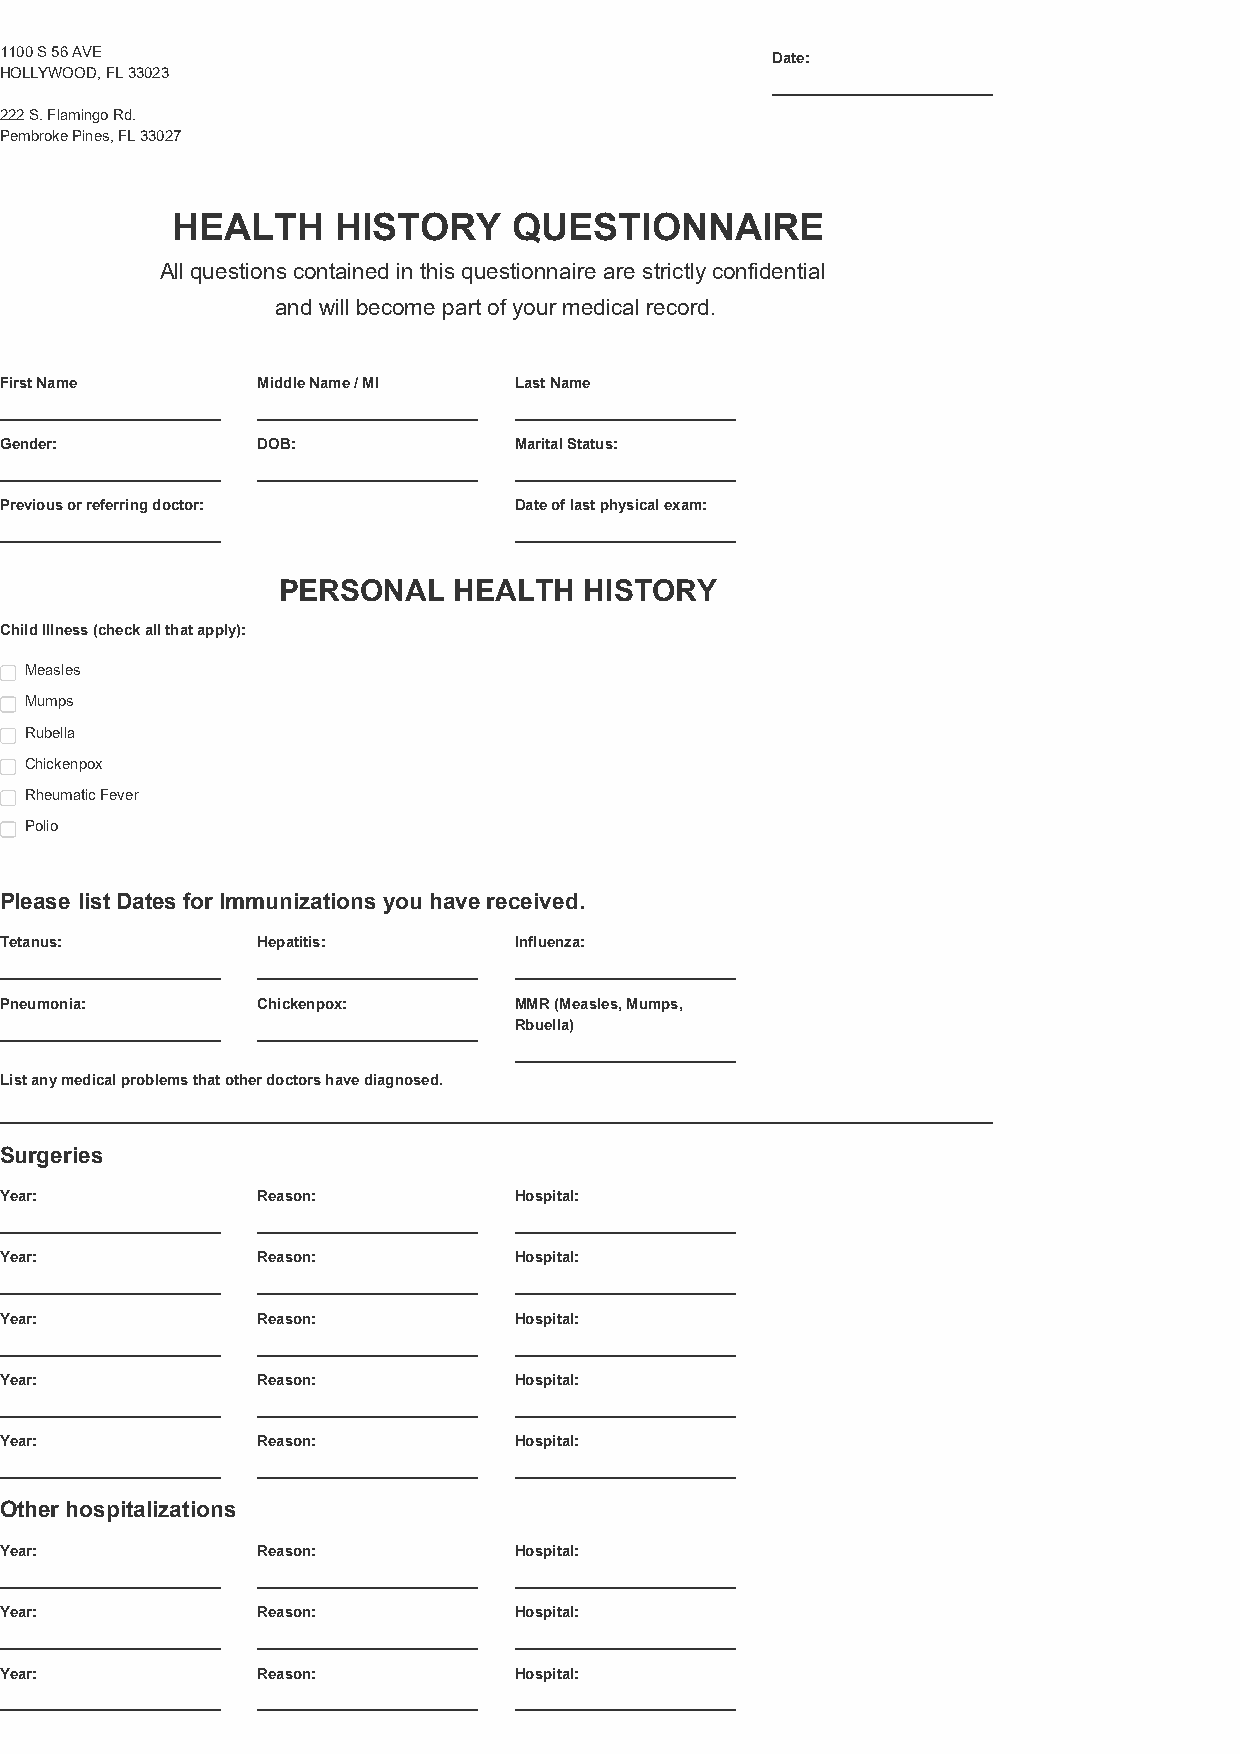
1100 S 56 AVE                                      Date:
 HOLLYWOOD, FL 33023
 222 S. Flamingo Rd.
 Pembroke Pines, FL 33027
 HEALTH     HISTORY     QUESTIONNAIRE
 All questions contained in this questionnaire are strictly confidential
 and will become part of your medical record.
 First Name       Middle Name / MI Last Name
 Gender:          DOB:             Marital Status:
 Previous or referring doctor:     Date of last physical exam:
 PERSONAL    HEALTH   HISTORY
 Child Illness (check all that apply):
 Measles
 Mumps
 Rubella
 Chickenpox
 Rheumatic Fever
 Polio
 Please list Dates for Immunizations you have received.
 Tetanus:         Hepatitis:       Influenza:
 Pneumonia:       Chickenpox:      MMR (Measles, Mumps,
 Rbuella)
 List any medical problems that other doctors have diagnosed.
 Surgeries
 Year:            Reason:          Hospital:
 Year:            Reason:          Hospital:
 Year:            Reason:          Hospital:
 Year:            Reason:          Hospital:
 Year:            Reason:          Hospital:
 Other hospitalizations
 Year:            Reason:          Hospital:
 Year:            Reason:          Hospital:
 Year:            Reason:          Hospital: